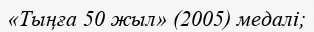
«Тыңға 50 жыл» (2005) медалі;